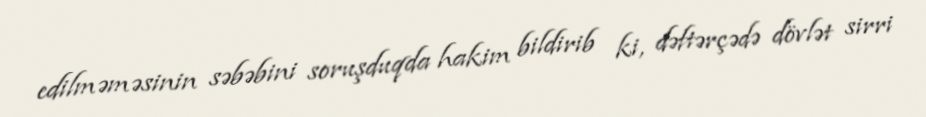
edilməməsinin səbəbini soruşduqda hakim bildirib ki, dəftərçədə dövlət sirri